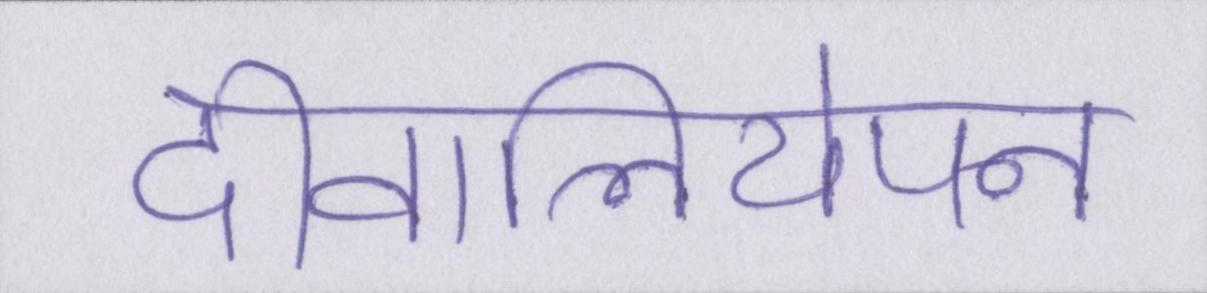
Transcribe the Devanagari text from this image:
दीवालियेपन